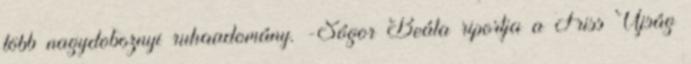
több nagydoboznyi ruhaadomány. -Sógor Beáta riportja a Friss Újság